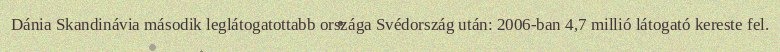
Dánia Skandinávia második leglátogatottabb országa Svédország után: 2006-ban 4,7 millió látogató kereste fel.